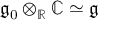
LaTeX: { \mathfrak { g } } _ { 0 } \otimes _ { \mathbb { R } } \mathbb { C } \simeq { \mathfrak { g } }